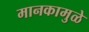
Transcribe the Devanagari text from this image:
मानकामुळे